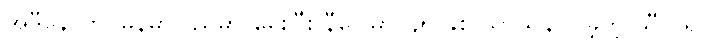
အဲဒီနောက် မြန်မာပြည်မှာ မွေးပြီး နီပေါမှာ ၄၅ နှစ် သာသနာပြုခဲ့တဲ့ သီလရှင်